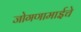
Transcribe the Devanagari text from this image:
जोगणामाईचे